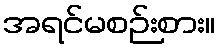
အရင်မစဉ်းစား။